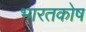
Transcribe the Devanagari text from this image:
भारतकोष